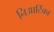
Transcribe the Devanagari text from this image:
निआर्टिका